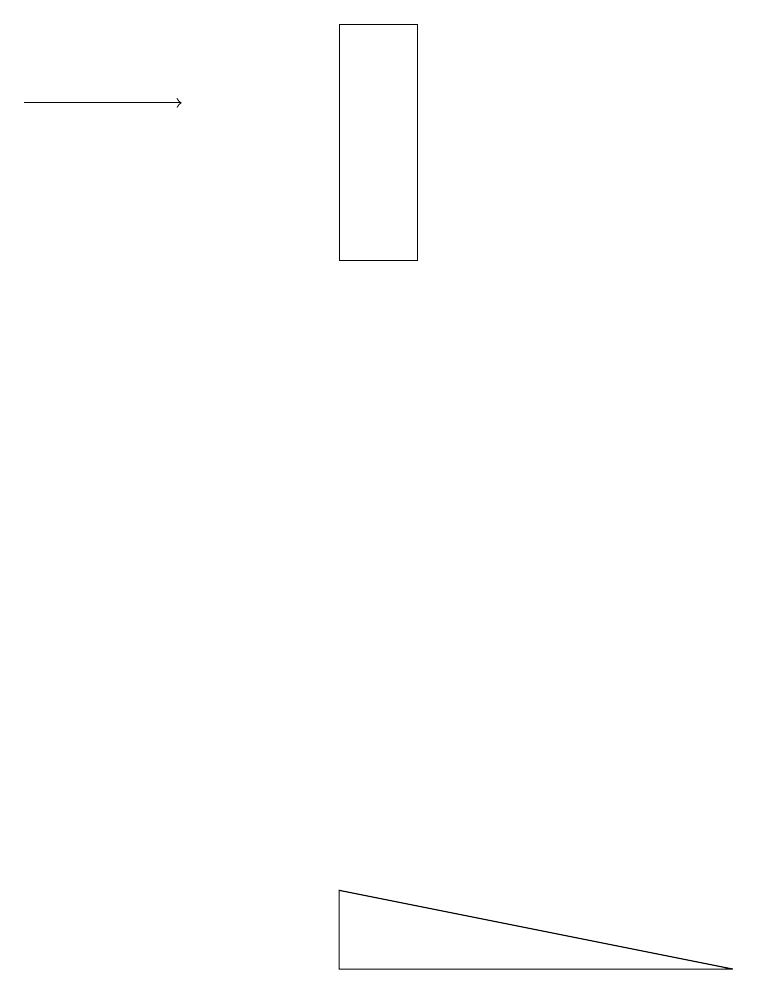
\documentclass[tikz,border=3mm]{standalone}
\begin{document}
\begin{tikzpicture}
\draw (4,4) -- (9,4) -- (4,5) -- cycle;
\draw (4,13) rectangle (5,16);
\draw[->] (0,15) -- (2,15);
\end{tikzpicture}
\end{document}